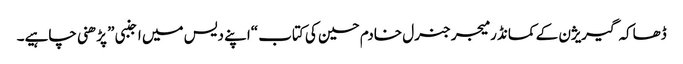
ڈھاکہ گیریژن کے کمانڈر میجر جنرل خادم حسین کی کتاب “اپنے دیس میں اجنبی” پڑھنی چاہیے۔